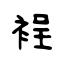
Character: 裎